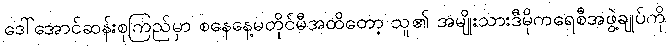
ဒေါ်အောင်ဆန်းစုကြည်မှာ စနေနေ့မတိုင်မီအထိတော့ သူ၏ အမျိုးသားဒီမိုကရေစီအဖွဲ့ချုပ်ကို